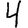
Digit: 4